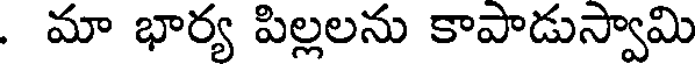
. మా భార్య పిల్లలను కాపాడుస్వామి